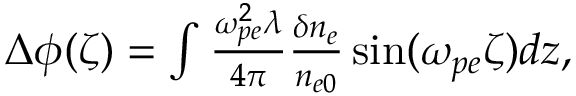
\begin{array} { r } { \Delta \phi ( \zeta ) = \int \frac { \omega _ { p e } ^ { 2 } \lambda } { 4 \pi } \frac { \delta n _ { e } } { n _ { e 0 } } \sin ( \omega _ { p e } \zeta ) d z , } \end{array}